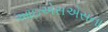
આઇએસએસના